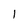
Character: 1